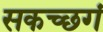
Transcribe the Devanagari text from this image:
सकच्छगं